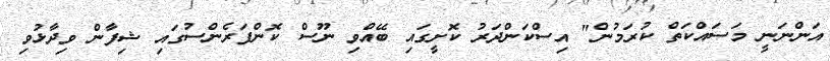
އަންނަނީ މަސައްކަތް ކުރަމުން" އިސްކަންދަރު ކޮށީގައި ބޭއްވި ނޫސް ކޮންފަރެންސުގައި ޝިފާން ވިދާޅުވި